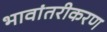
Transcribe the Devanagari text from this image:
भावांतरीकरण